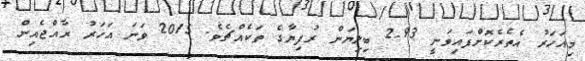
މިއަހަރު އެތެރެކޮށްފައިވަނީ 2.93 ބިލިޔަން ރުފިޔާގެ ތަކެއްޗެވެ. 2015 ވަނަ އަހަރު ރާއްޖެއިން